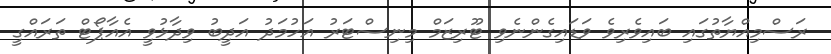
ރަސްމިއްޔާތުގައި ބައިވެރިވެ ވަޑައިގެންނެވި ޓޫރިޒަމް މިނިސްޓަރު އަހުމަދު އަދީބު ވިދާޅުވީ އެއާޕޯޓް ތަރައްގީ